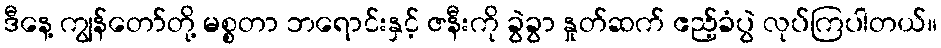
ဒီနေ့ ကျွန်တော်တို့ မစ္စတာ ဘရောင်းနှင့် ဇနီးကို ခွဲခွာ နှုတ်ဆက် ဧည့်ခံပွဲ လုပ်ကြပါတယ်။